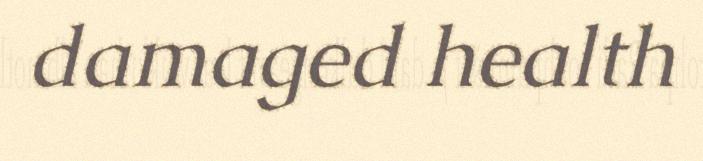
damaged health